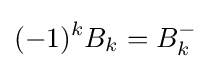
(-1)^{k}B_{k}=B_{k}^{-}